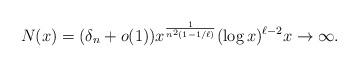
LaTeX: \begin{align*}N(x) = (\delta_n+o(1)) x^{\frac{1}{n^2(1-1/\ell)}} (\log{x})^{\ell-2} x\to\infty.\end{align*}